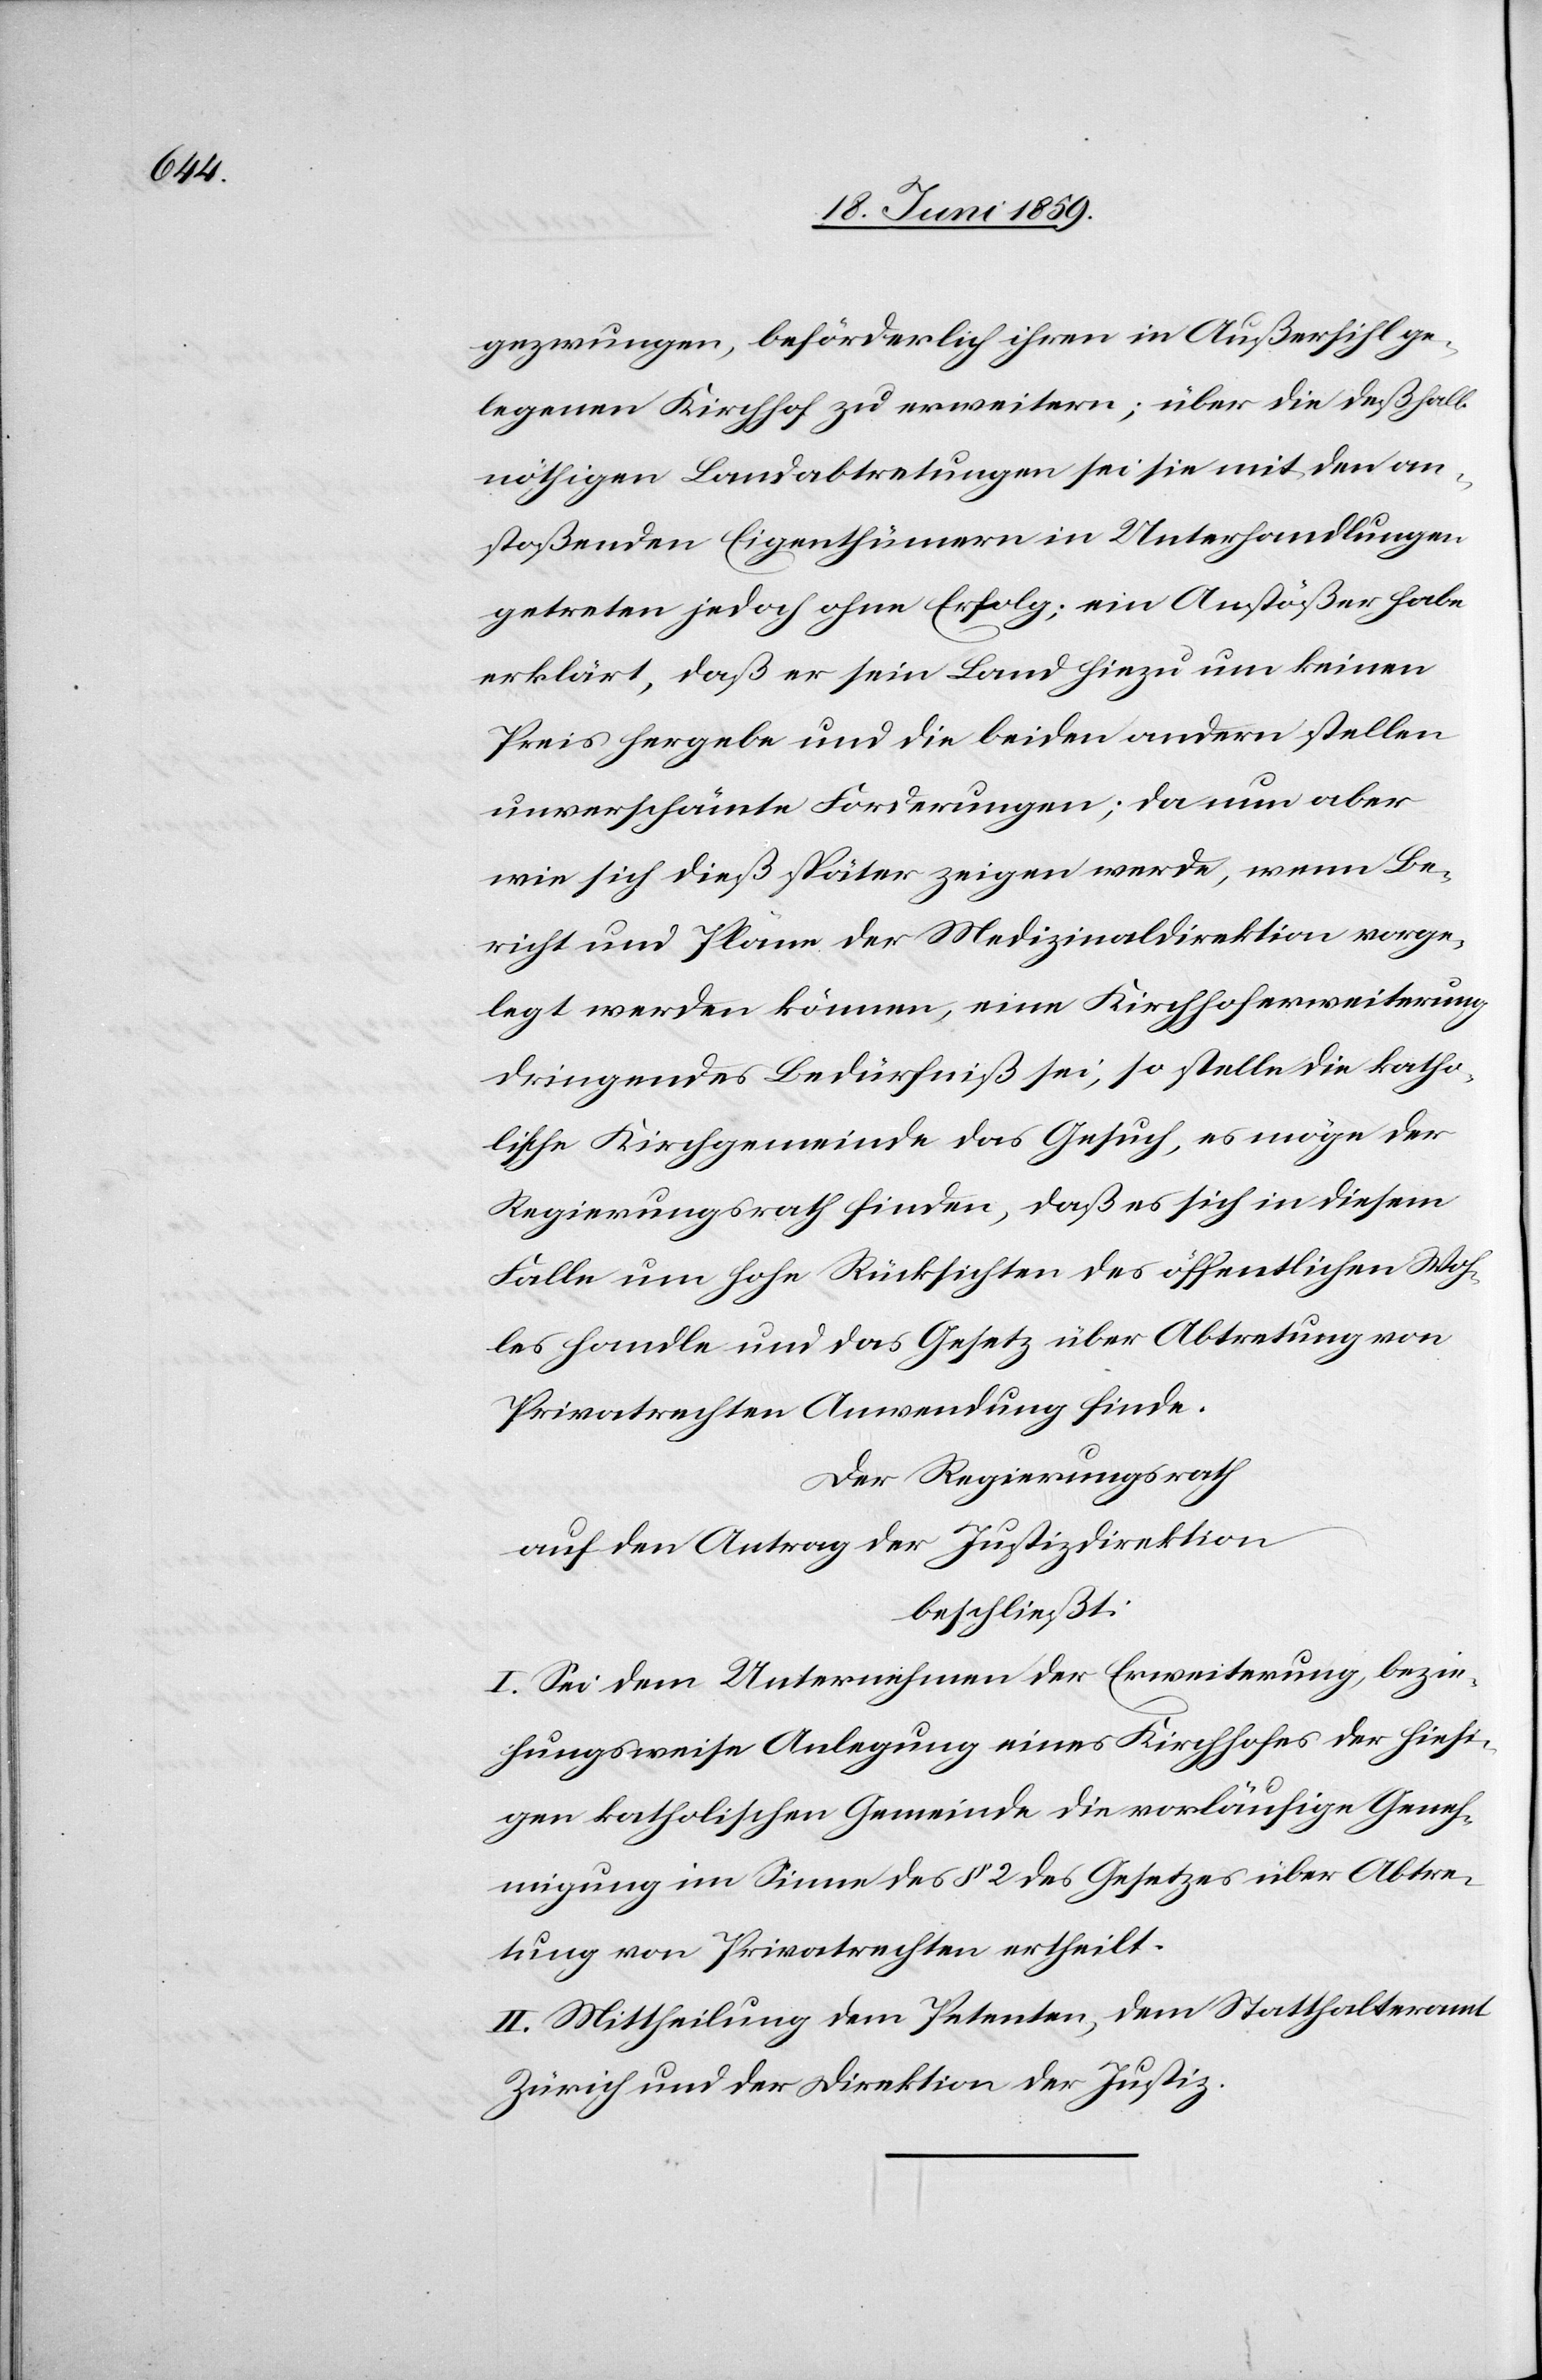
gezwungen, beförderlich ihren in Außersihl ge¬
legenen Kirchhof zu erweitern; über die deßhalb
nöthigen Landabtretungen sei sie mit den an¬
stoßenden Eigenthümern in Unterhandlungen
getreten jedoch ohne Erfolg; ein Anstößer habe
erklärt, daß er sein Land hiezu um keinen
Preis hergebe und die beiden andern stellen
unverschämte Forderungen; da nun aber
wie sich dieß später zeigen werde, wenn Be¬
richt und Pläne der Medizinaldirektion vorge¬
legt werden können, eine Kirchhoferweiterung
dringendes Bedürfniß sei, so stelle die katho¬
lische Kirchgemeinde das Gesuch, es möge der
Regierungsrath finden, daß es sich in diesem
Falle um hohe Rücksichten des öffentlichen Woh¬
les handle und das Gesetz über Abtretung von
Privatrechten Anwendung finde.
Der Regierungsrath
auf den Antrag der Justizdirektion
beschließt:
I. Sei dem Unternehmen der Erweiterung, bezie¬
hungsweise Anlegung eines Kirchhofes der hiesi¬
gen katholischen Gemeinde die vorläufige Geneh¬
migung im Sinne des § 2 des Gesetzes über Abtre¬
tung von Privatrechten ertheilt.
II. Mittheilung dem Petenten, dem Statthalteramt
Zürich und der Direktion der Justiz.